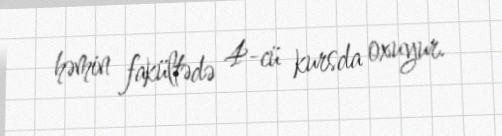
həmin fakültədə 4-cü kursda oxuyur.